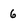
Character: 6